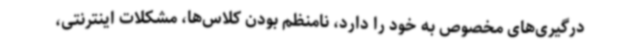
درگیری‌های مخصوص به خود را دارد، نامنظم بودن کلاس‌ها، مشکلات اینترنتی،